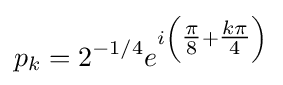
p_{k}=2^{-1/4}e^{i\left({\tfrac {\pi }{8}}+{\tfrac {k\pi }{4}}\right)}